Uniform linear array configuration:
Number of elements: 48
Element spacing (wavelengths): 1
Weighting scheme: cosine
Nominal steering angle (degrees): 15
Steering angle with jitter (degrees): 16.982
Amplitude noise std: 0.05
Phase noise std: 0.05

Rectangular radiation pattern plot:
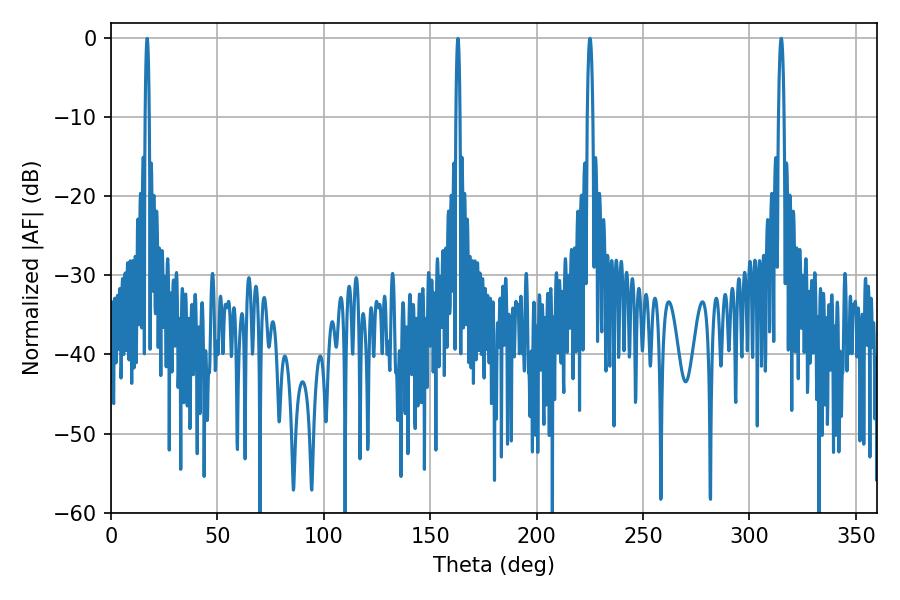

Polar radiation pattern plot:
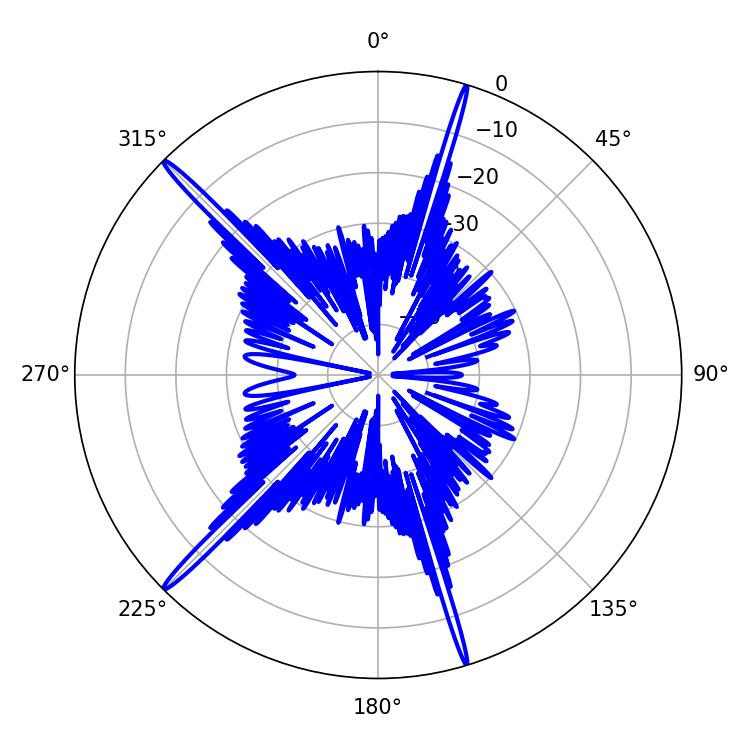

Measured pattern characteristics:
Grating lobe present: TRUE
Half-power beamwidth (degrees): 1.44
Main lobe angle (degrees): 225